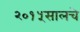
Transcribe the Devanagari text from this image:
२०१५सालचे